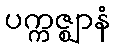
ပက္ကဇ္ဈာနံ